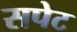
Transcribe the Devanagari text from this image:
सपेट